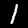
Label: 1